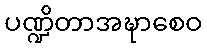
ပဏ္ဍိတာအဍ္ဎာစေဝ